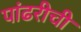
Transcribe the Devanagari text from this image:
पांढरीची